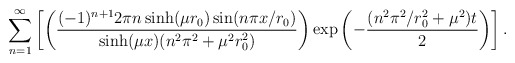
\begin{align*}\sum_{n=1}^\infty \left[ \left(\frac{(-1)^{n+1}2 \pi n \sinh(\mu r_0)\sin(n \pi x /r_0)}{\sinh(\mu x) (n^2 \pi^2 + \mu^2 r_0^2)}\right) \exp\left(-\frac{(n^2 \pi^2/r_0^2 + \mu^2 )t}{2} \right) \right].\end{align*}